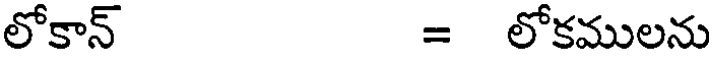
లోకాన్ = లోకములను